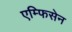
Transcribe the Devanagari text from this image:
एम्फिसेन